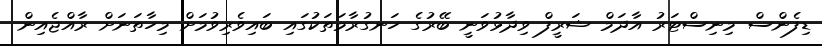
ޑިފެންސް މިނިސްޓަރު އާދަމް ޝަރީފް ވިދާޅުވަނީ ބޭރުގެ ހަނގުރާމަތަކުގައި ބައިވެރިވުމަށް މިހާތަނަށް ރާއްޖެއިން